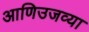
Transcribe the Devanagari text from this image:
आणिउजव्या